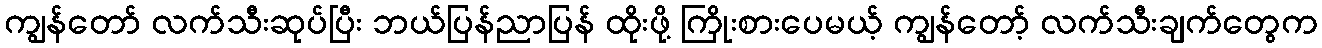
ကျွန်တော် လက်သီးဆုပ်ပြီး ဘယ်ပြန်ညာပြန် ထိုးဖို့ ကြိုးစားပေမယ့် ကျွန်တော့် လက်သီးချက်တွေက